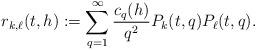
LaTeX: \begin{align*} r_{k,\ell}(t,h) := \sum_{q=1}^{\infty} \frac{c_q(h)}{q^2} P_k(t,q)P_{\ell}(t,q). \end{align*}